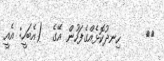
٨٨     ހިނދުކޮޅެއްގެފަހުން އޭގެ  (އެބަހީ: އެއީ